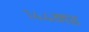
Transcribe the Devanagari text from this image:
१४४नर